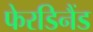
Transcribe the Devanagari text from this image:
फेरडिनैंड